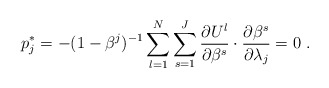
\begin{align*}p_{j}^{{*}} = - (1 - {\beta^{j}})^{ - 1} \sum\limits_{l = 1}^N \sum\limits_{s = 1}^J {\frac{{\partial {U^l}}}{{\partial {\beta^{s}}}}\cdot\frac{{\partial {\beta^{s}}}}{{\partial \lambda _j}} = 0} \ .\end{align*}